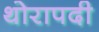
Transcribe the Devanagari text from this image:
थोरापदी